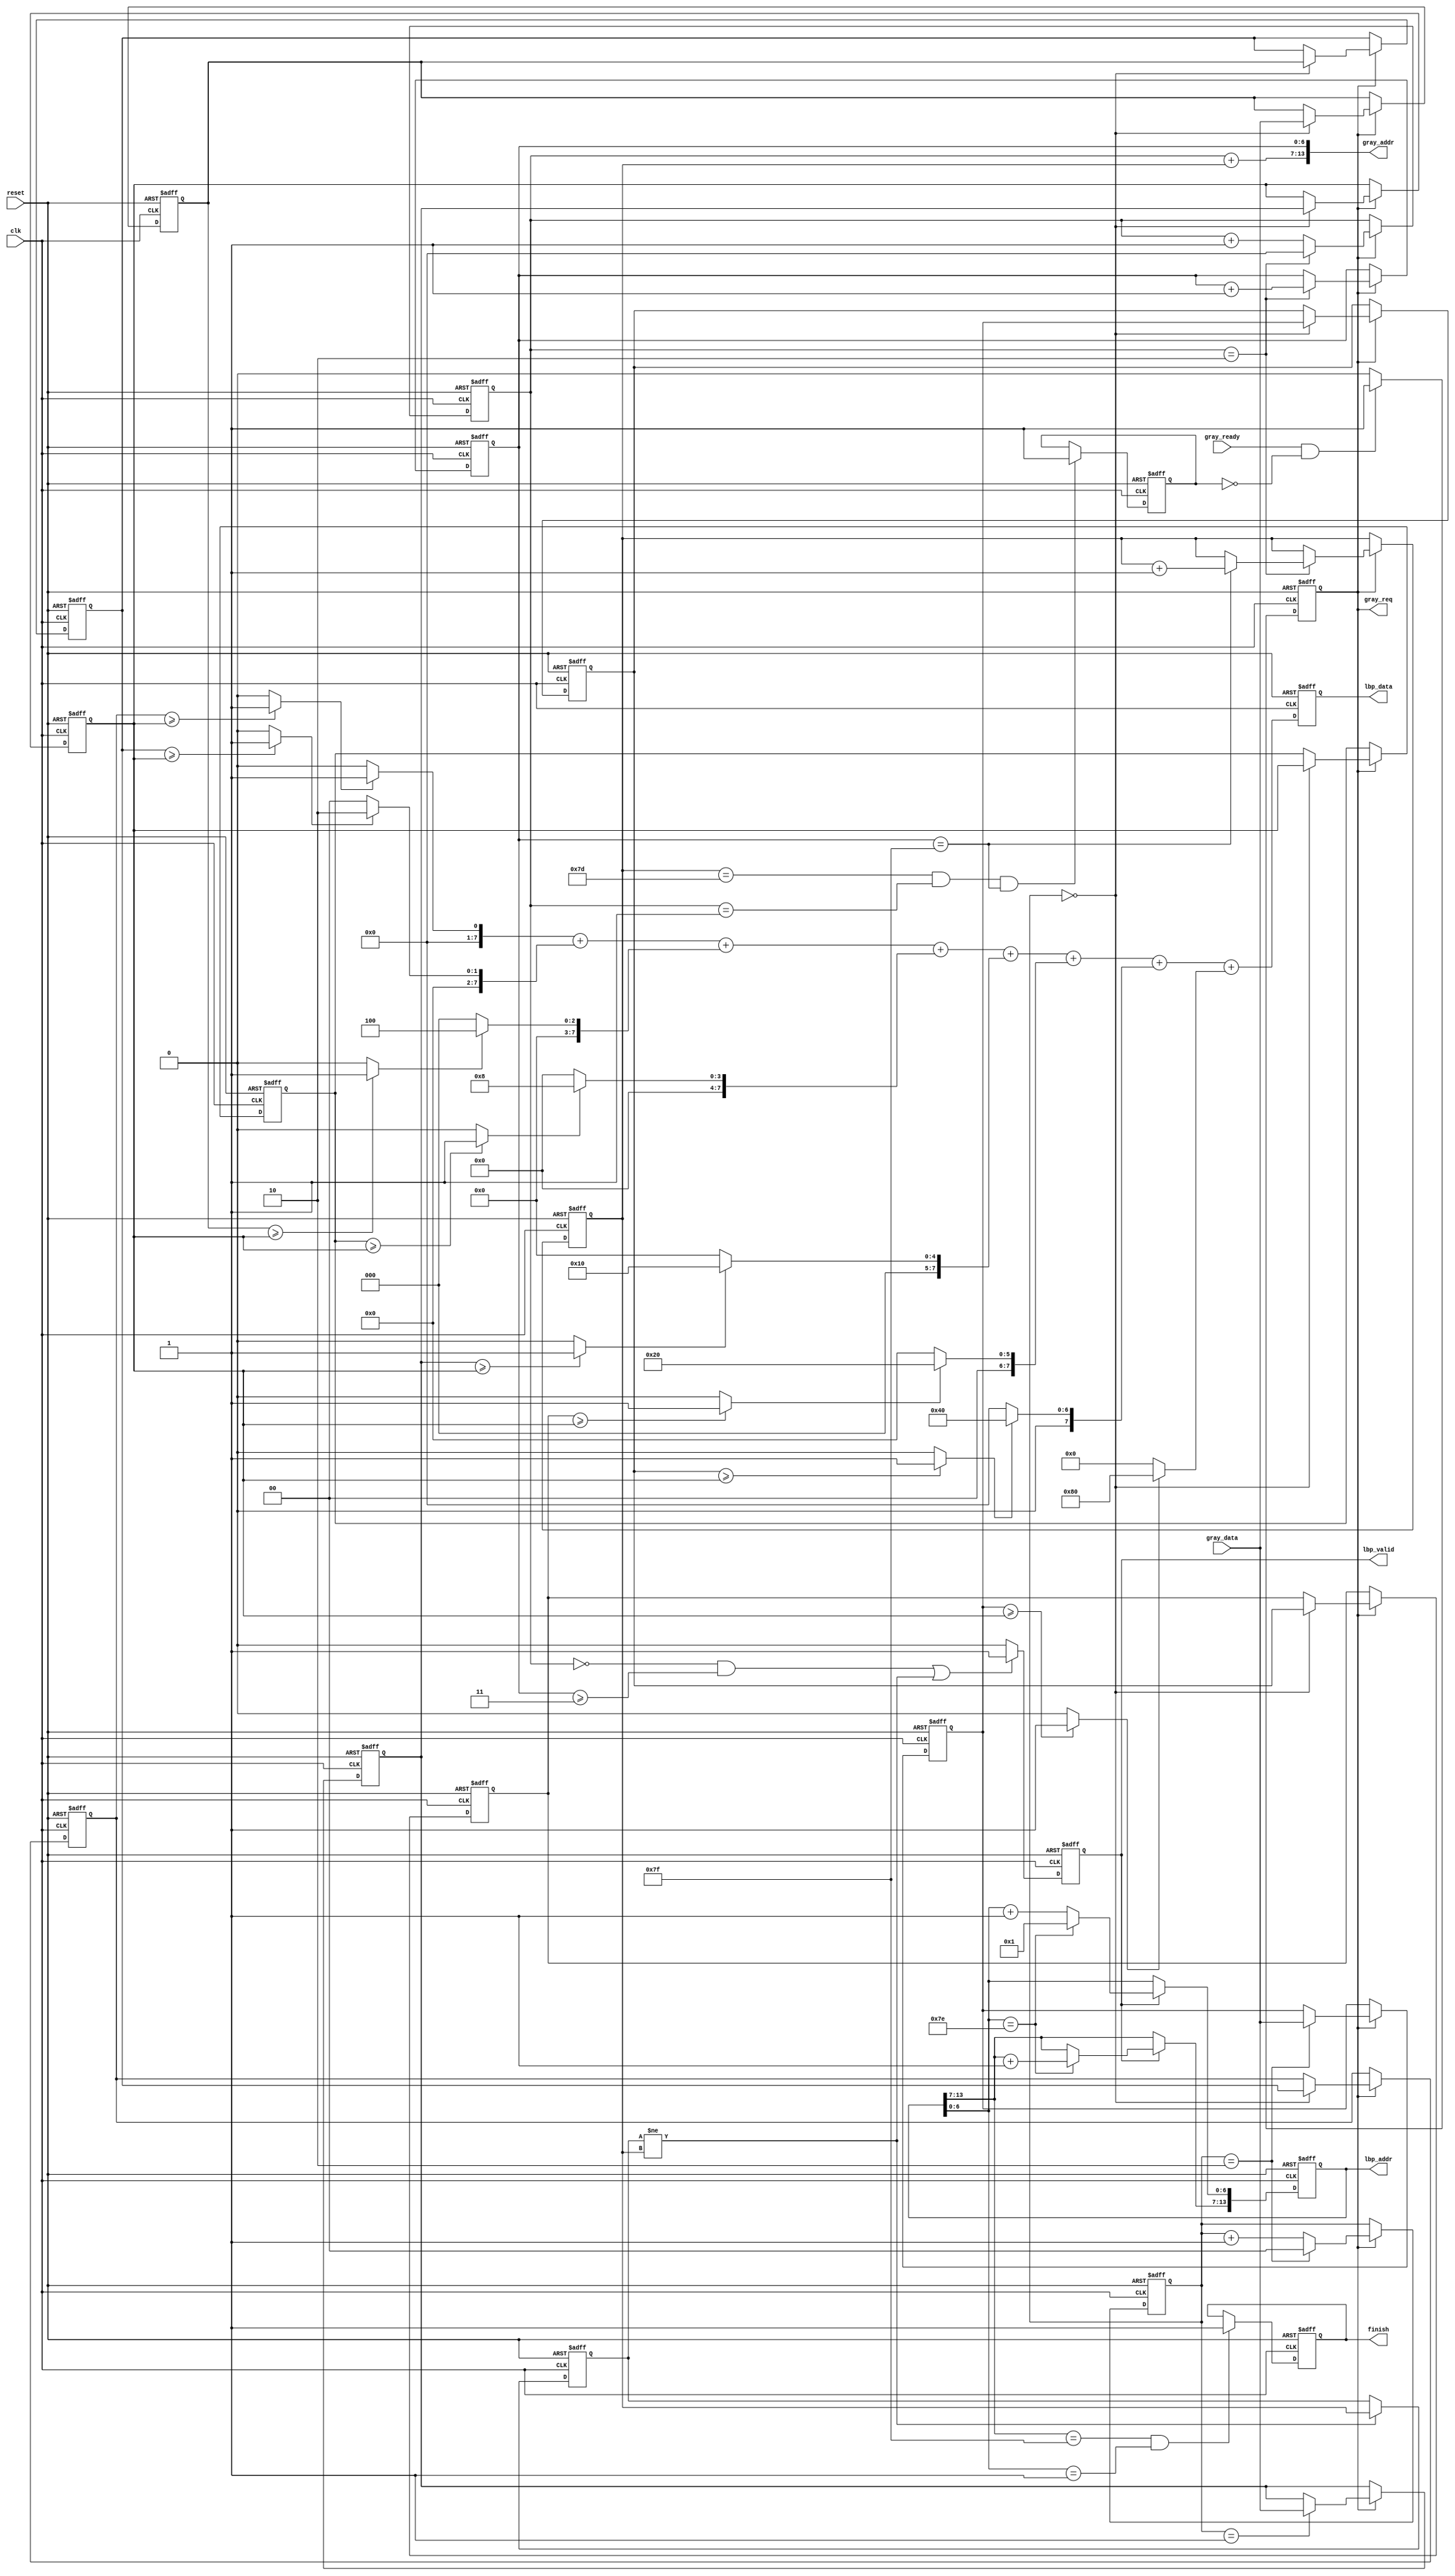
`timescale 1ns/10ps


module LBP ( 
	input  clk,
	input  reset,
	
	output     [13:0] gray_addr,
	output reg        gray_req,
	input  		  gray_ready,
	input      [7:0]  gray_data,
	
	output reg        lbp_valid,
	output reg [13:0] lbp_addr,
	output reg [7:0]  lbp_data,
	output reg        finish
);
	localparam frame_width = 3;
	
	integer i;
	
	reg [7:0] gray_temp [0:8];
	
	reg [7:0] valid_pixel;
	reg [7:0] valid_value [7:0];
	
	reg [6:0] gray_x;
	reg [6:0] gray_y;
	reg [6:0] gray_xb;
	reg [6:0] gray_xb_temp;
	
	assign gray_addr = {gray_x+gray_xb, gray_y};
	
	reg gray_done;
	reg gray_valid;
	
	reg [1:0] shift_con;
	
	always@(posedge clk, posedge reset)begin
		if(reset)begin
			gray_req  <= 0;
			gray_done <= 0;
			gray_x    <= 0;
			gray_y    <= 0;
			gray_xb   <= 0;
		end else begin
			if(gray_ready & ~gray_done)gray_req <= 1; else gray_req <= 0;
			if(gray_xb==7'd125 && gray_x==7'd1 && gray_y==7'd127)gray_done <= 1;
			if(gray_req)begin
				if(gray_x==2)begin
					gray_x <= 0; 
					gray_y <= gray_y + 1;
					if(gray_y==127)gray_xb <= gray_xb + 1;
				end else begin
					gray_x <= gray_x + 1;
				end
			end
		end
	end
	
	// 
	always@(posedge clk, posedge reset)begin
		if(reset)begin
			for(i=0;i<9;i=i+1)gray_temp[i] <= 0;
			shift_con <= 0;
		end else begin
			if(gray_req)begin
				if(shift_con==2)shift_con <= 0; else shift_con <= shift_con + 1;
				if(shift_con==0)gray_temp[2] <= gray_data;
				if(shift_con==1)gray_temp[5] <= gray_data;
				if(shift_con==2)gray_temp[8] <= gray_data;
				if(shift_con==0)begin
					gray_temp[1] <= gray_temp[2];
					gray_temp[4] <= gray_temp[5];
					gray_temp[7] <= gray_temp[8];
					gray_temp[0] <= gray_temp[1];
					gray_temp[3] <= gray_temp[4];
					gray_temp[6] <= gray_temp[7];
				end
			end
		end
	end

	always@(*)begin
		for(i=0;i<4;i=i+1)if(gray_temp[i] >= gray_temp[4])valid_pixel[i] = 1; else valid_pixel[i] = 0; 
		for(i=5;i<9;i=i+1)if(gray_temp[i] >= gray_temp[4])valid_pixel[i-1] = 1; else valid_pixel[i-1] = 0; 
		for(i=0;i<8;i=i+1)if(valid_pixel[i])valid_value[i] = 8'd1 << i; else valid_value[i] = 0;
	end
	
	always@(posedge clk, posedge reset)begin
		if(reset)begin
			lbp_data <= 0;
		end else begin
			lbp_data <= valid_value[0] + valid_value[1] + valid_value[2] + valid_value[3] + valid_value[4] + valid_value[5] + valid_value[6] + valid_value[7];
		end
	end
	
	// outpute phase
	always@(posedge clk, posedge reset)begin
		if(reset)begin
			lbp_valid <= 0;
			lbp_addr  <= 14'd129;
			
			gray_xb_temp <= 0;
		end else begin
			if(lbp_valid)begin
				if(lbp_addr[6:0]==7'd126)begin
					lbp_addr[13:7] <= lbp_addr[13:7] + 1;
					lbp_addr[6:0]  <= 1;
				end	else begin
					lbp_addr[6:0] <= lbp_addr[6:0] + 1;
				end
			end
			if(gray_x==0 && gray_y>=3 || gray_xb_temp!=gray_xb)lbp_valid <= 1; else lbp_valid <= 0;
			if(gray_xb_temp!=gray_xb)gray_xb_temp <= gray_xb;
		end
	end
	
	// check finish or not using lbp_addr
	always@(posedge clk, posedge reset)begin
		if(reset)begin
			finish <= 0;
		end else begin
			if(lbp_addr[13:7]==7'd127 && lbp_addr[6:0]==7'd1)finish <= 1;
		end
	end

endmodule